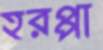
হরপ্পা